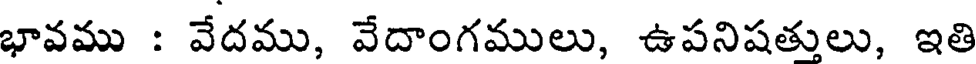
భావము : వేదము, వేదాంగములు, ఉపనిషత్తులు, ఇతి